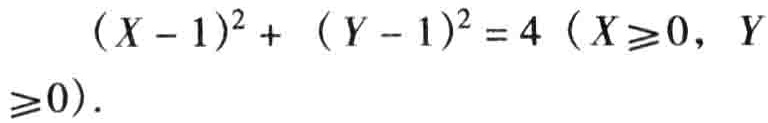
\((X - 1)^2 + (Y - 1)^2 = 4\ (X\geq0,\ Y\geq0)\)